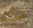
ماء